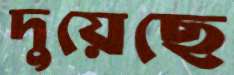
দুয়েছে